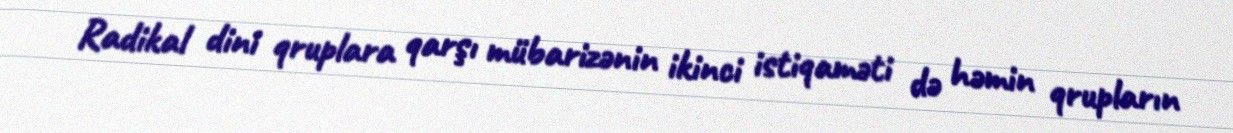
Radikal dini qruplara qarşı mübarizənin ikinci istiqaməti də həmin qrupların